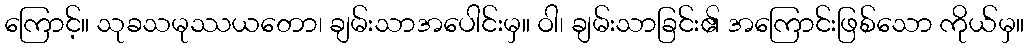
ကြောင့်။ သုခသမုဿယတော၊ ချမ်းသာအပေါင်းမှ။ ဝါ၊ ချမ်းသာခြင်း၏ အကြောင်းဖြစ်သော ကိုယ်မှ။